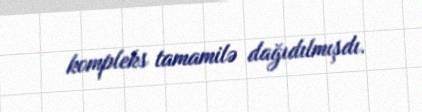
kompleks tamamilə dağıdılmışdı.